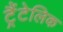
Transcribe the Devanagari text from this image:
ट्रैंटेलिक